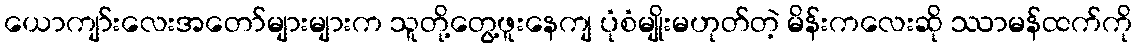
ယောကျာ်းလေးအတော်များများက သူတို့တွေ့ဖူးနေကျ ပုံစံမျိုးမဟုတ်တဲ့ မိန်းကလေးဆို ဿာမန်ထက်ကို